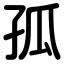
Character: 孤